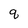
Character: q